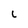
Character: L